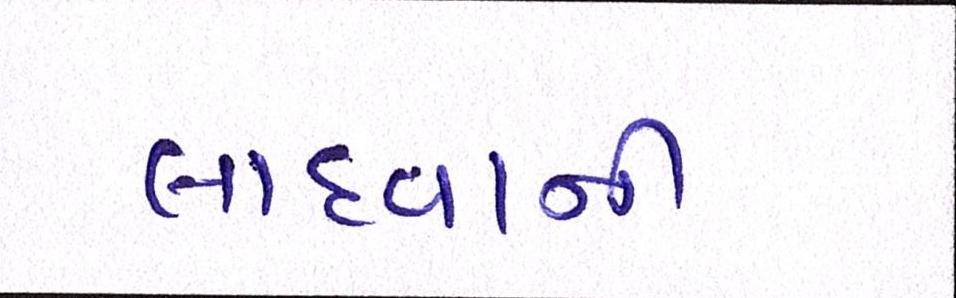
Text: લાદવાની